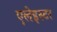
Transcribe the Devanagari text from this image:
एलेइस्टर